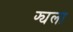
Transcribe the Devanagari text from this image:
फ्यला